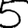
Digit: 5